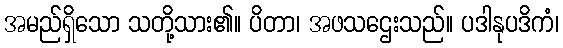
အမည်ရှိသော သတို့သား၏။ ပိတာ၊ အဖသဌေးသည်။ ပဒါနုပဒိကံ၊